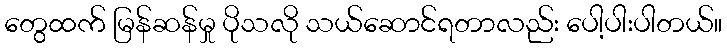
တွေထက် မြန်ဆန်မှု ပိုသလို သယ်ဆောင်ရတာလည်း ပေါ့ပါးပါတယ်။